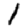
Digit: 1